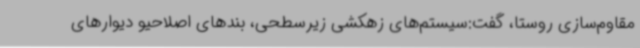
مقاوم‌سازی روستا، گفت:سیستم‌های زهکشی زیرسطحی، بندهای اصلاحیو دیوارهای